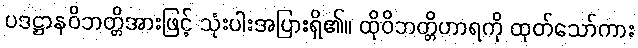
ပဒဋ္ဌာနဝိဘတ္တိအားဖြင့် သုံးပါးအပြားရှိ၏။ ထိုဝိဘတ္တိဟာရကို ထုတ်သော်ကား